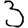
Digit: 3